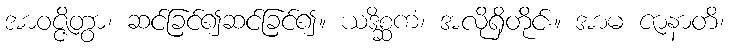
အာဝဇ္ဇိတွာ၊ ဆင်ခြင်၍ဆင်ခြင်၍။ ယဒိစ္ဆကံ၊ အလိုရှိတိုင်း။ အာမ ဇာနာတိ၊